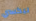
ليكسي